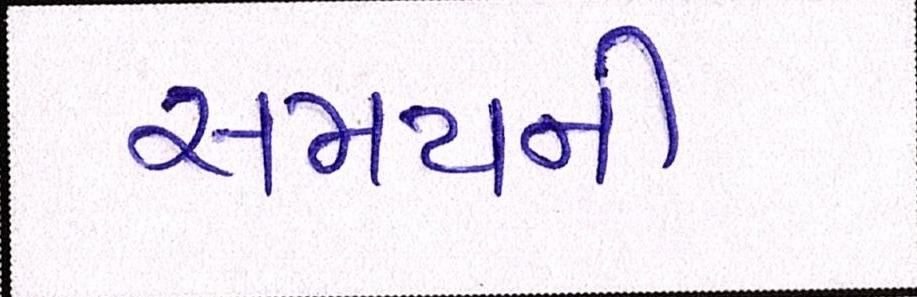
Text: સમયની